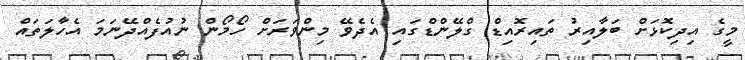
މީގެ އިދިކޮޅަށް ބަލާއިރު ތައިރޮއިޑް ގްލޭންޑްގައި އެދެވޭ މިންވަރަށް ހޯމޯން ނުއުފެއްދޭނަމަ އެހާލަތައް